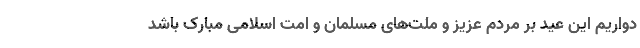
دواریم این عید بر مردم عزیز و ملت‌های مسلمان و امت اسلامی مبارک باشد